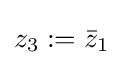
z_{3}:={\bar {z}}_{1}